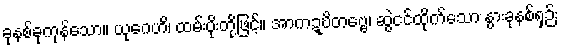
ခုနစ်ခုကုန်သော။ ယုဂေဟိ၊ ထမ်းပိုးတို့ဖြင့်။ အာကဍ္ဎိတဗ္ဗေ၊ ဆွဲငင်ထိုက်သော နွားခုနစ်ရှဉ်း